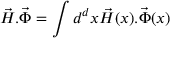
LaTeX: \vec { H } . \vec { \Phi } = \int d ^ { d } x \vec { H } ( x ) . \vec { \Phi } ( x )